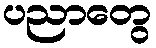
ပညာတွေ